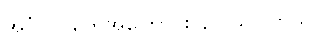
အင်္ဂလိပ်တွေအကြောင်း နင် သိပါတယ်